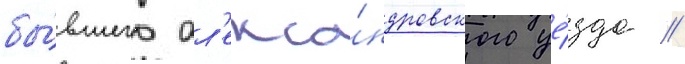
бы́вшего ал'екса́ндровского уе́зда //